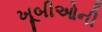
ખૂબીઓની